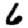
Digit: 6